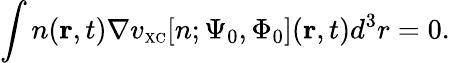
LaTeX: \int n({\mathbf r},t)\nabla v_{\scriptscriptstyle\mathrm{XC}}[n;\Psi_{0},\Phi_{0}]({\mathbf r},t)d^{3}r=0.